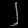
Digit: ၂